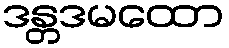
ဒန္တဒမထော